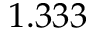
1 . 3 3 3